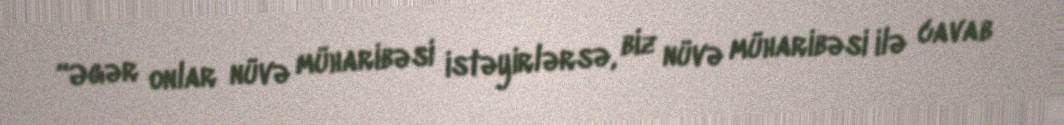
“Əgər onlar nüvə müharibəsi istəyirlərsə, biz nüvə müharibəsi ilə cavab